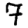
Digit: 7